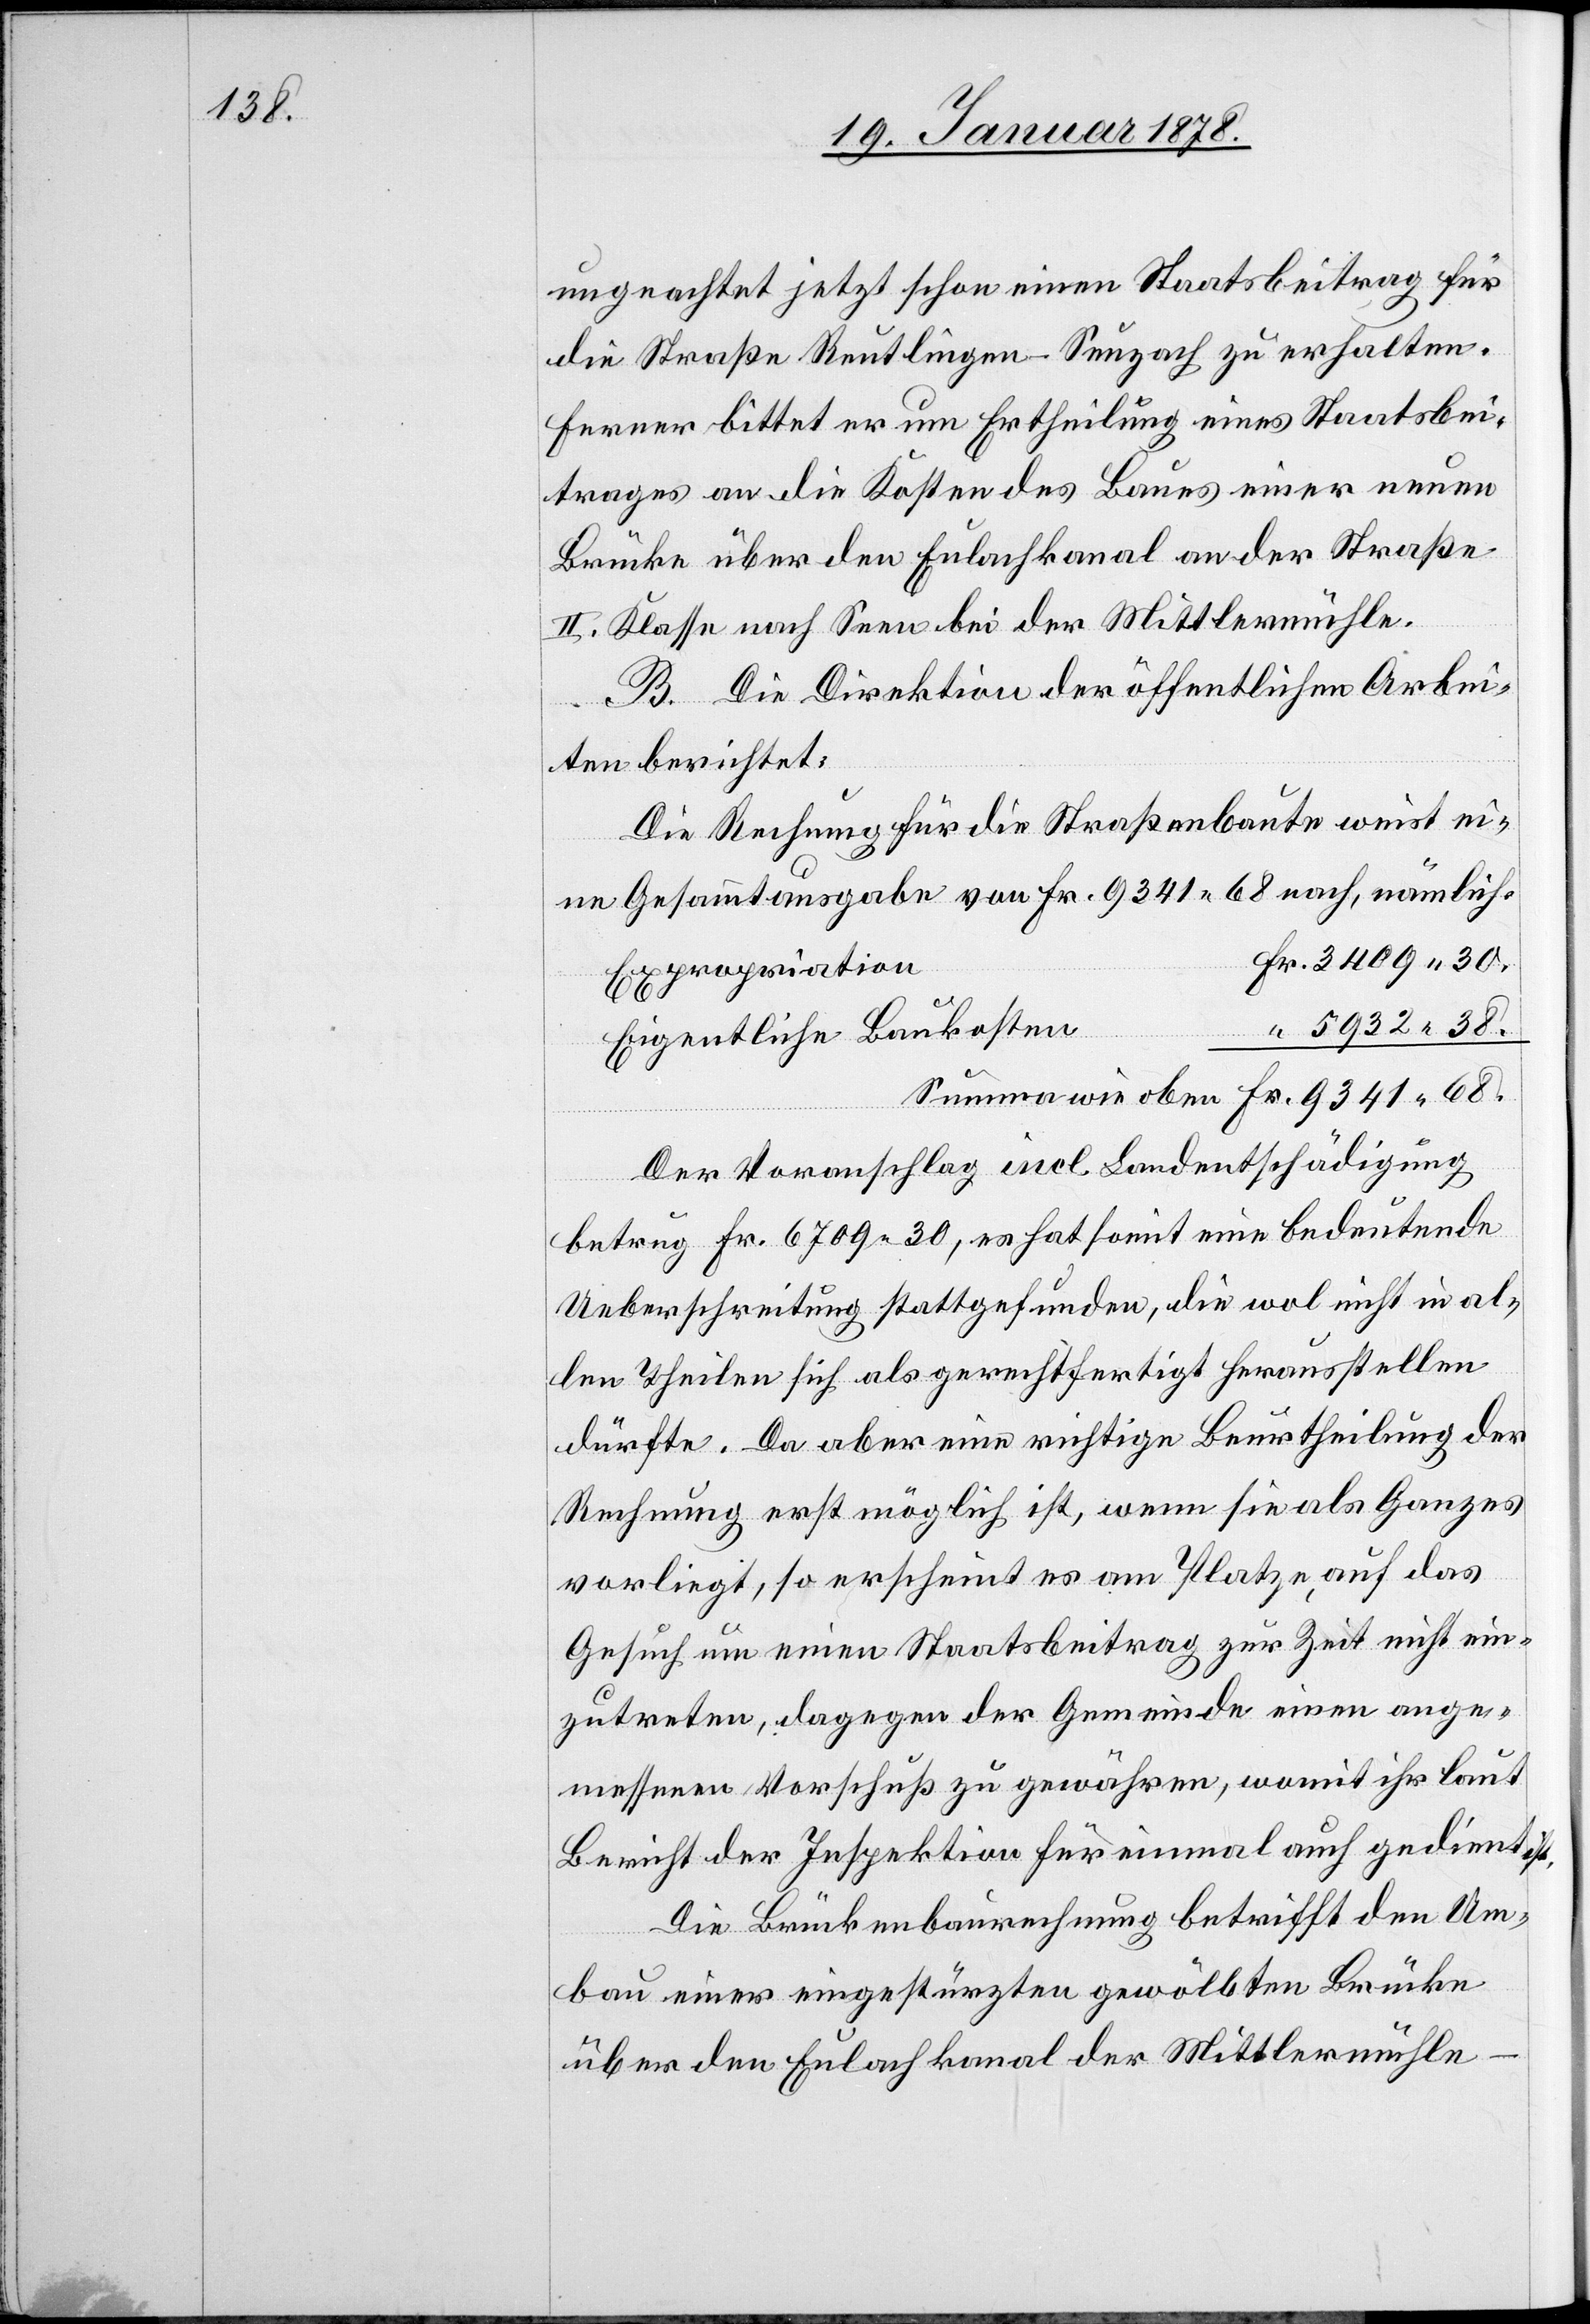
ungeachtet jetzt schon einen Staatsbeitrag für
die Straße Reutlingen–Seuzach zu erhalten.
Ferner bittet er um Ertheilung eines Staatsbei¬
trages an die Kosten des Baues einer neuen
Brücke über den Eulachkanal an der Straße
II. Klasse nach Seen bei der Mittlermühle.
B. Die Direktion der öffentlichen Arbei¬
ten berichtet:
Die Rechnung für die Straßenbaute weist ei¬
ne Gesammtausgabe von Fr. 9341. 68 nach, nämlich:
Fr. 3409. 30.
Expropriation
“ 5932. 38.
Eigentliche Baukosten
Summe wie oben Fr. 9341. 68.
Der Voranschlag incl. Landentschädigung
betrug Fr. 6709.30, es hat somit eine bedeutende
Ueberschreitung stattgefunden, die wol nicht in al¬
len Theilen sich als gerechtfertigt herausstellen
dürfte. Da aber eine richtige Beurtheilung der
Rechnung erst möglich ist, wenn sie als Ganzes
vorliegt, so erscheint es am Platze, auf das
Gesuch um einen Staatsbeitrag zur Zeit nicht ein¬
zutreten, dagegen der Gemeinde einen ange¬
messenen Vorschuß zu gewähren, womit ihr laut
Bericht der Inspektion für einmal auch gedient ist.
Die Brückenbaurechnung betrifft den Um¬
bau einer eingestürzten gewölbten Brücke
über den Eulachkanal der Mittlermühle